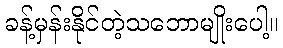
ခန့်မှန်းနိုင်တဲ့သဘောမျိုးပေါ့။